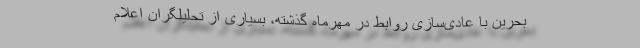
بحرین با عادی‌سازی روابط در مهرماه گذشته، بسیاری از تحلیلگران اعلام